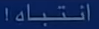
اِنتبَاهَا